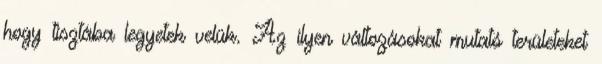
hogy tisztába legyetek velük. Az ilyen változásokat mutató területeket